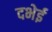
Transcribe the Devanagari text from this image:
दभेई